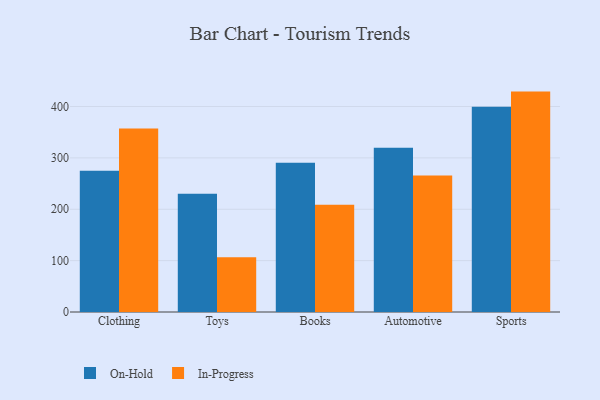
{"axis": {"x": "Category", "y": "Bounce Rate (%)"}, "legend": ["In-Progress", "On-Hold"], "data": [{"x": "Clothing", "y": 274.8, "type": "On-Hold"}, {"x": "Clothing", "y": 357.0, "type": "In-Progress"}, {"x": "Toys", "y": 230.2, "type": "On-Hold"}, {"x": "Toys", "y": 106.8, "type": "In-Progress"}, {"x": "Books", "y": 290.6, "type": "On-Hold"}, {"x": "Books", "y": 209.0, "type": "In-Progress"}, {"x": "Automotive", "y": 319.6, "type": "On-Hold"}, {"x": "Automotive", "y": 265.5, "type": "In-Progress"}, {"x": "Sports", "y": 399.3, "type": "On-Hold"}, {"x": "Sports", "y": 429.0, "type": "In-Progress"}]}